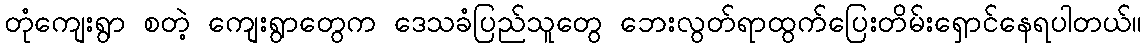
တုံကျေးရွာ စတဲ့ ကျေးရွာတွေက ဒေသခံပြည်သူတွေ ဘေးလွတ်ရာထွက်ပြေးတိမ်းရှောင်နေရပါတယ်။